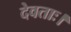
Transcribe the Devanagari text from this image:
देवताः।